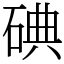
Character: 碘